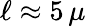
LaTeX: \ell\approx 5\, \mu